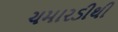
ચમારડીથી